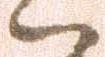
ハ